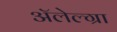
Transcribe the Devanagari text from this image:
अॅलेल्ग्रा